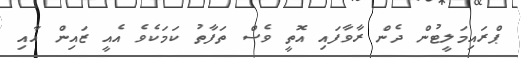
ޕްރައިމަލީޓުން ދެން ރާވާފައި އޮތީ ވެސް ތަފާތު ކަމަކެވެ އެއީ ޒައިން އާއި